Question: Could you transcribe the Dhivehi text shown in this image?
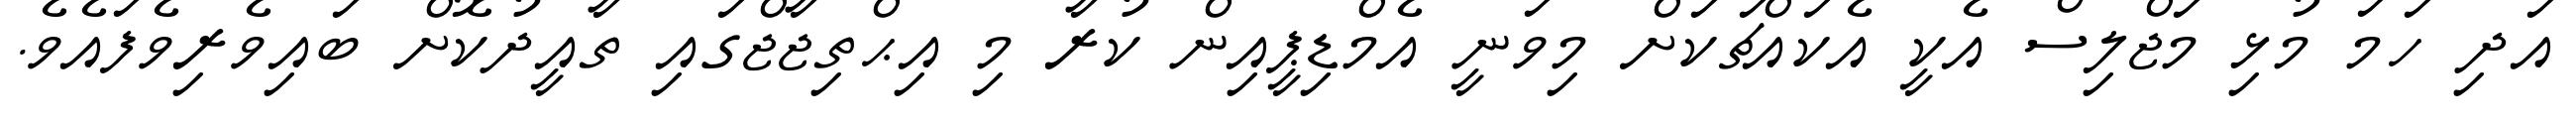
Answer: އަދި ހަމަ މުޅި މަޖްލިސް އެކީ އެކައްޗަކަށް މިވަނީ އެމްޑިޕީއިން ކުރާ މި އިޙްތިޖާޖްގައި ތާއީދުކޮށް ބައިވެރިވެފައެވެ.